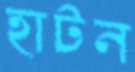
হাটন